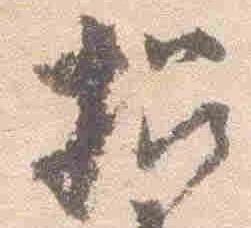
招